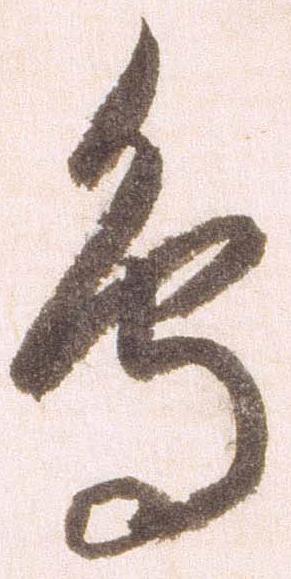
鳥